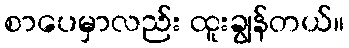
စာပေမှာလည်း ထူးချွန်တယ်။